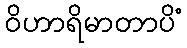
ဝိဟာရိမာတာပိံ